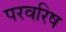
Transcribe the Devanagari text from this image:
परवरिष